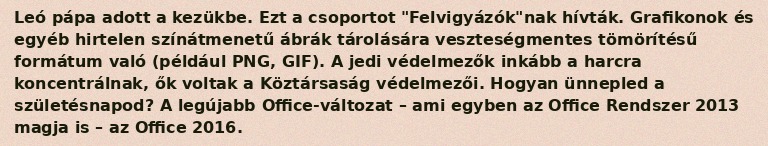
Leó pápa adott a kezükbe. Ezt a csoportot "Felvigyázók"nak hívták. Grafikonok és egyéb hirtelen színátmenetű ábrák tárolására veszteségmentes tömörítésű formátum való (például PNG, GIF). A jedi védelmezők inkább a harcra koncentrálnak, ők voltak a Köztársaság védelmezői. Hogyan ünnepled a születésnapod? A legújabb Office-változat – ami egyben az Office Rendszer 2013 magja is – az Office 2016.